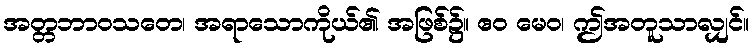
အတ္တဘာဝသတေ၊ အရာသောကိုယ်၏ အဖြစ်၌။ ဧဝ မေဝ၊ ဤအတူသာလျှင်။